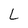
Character: L